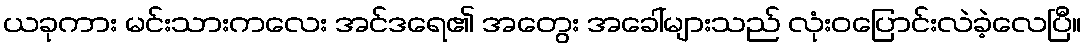
ယခုကား မင်းသားကလေး အင်ဒရေ၏ အတွေး အခေါ်များသည် လုံးဝပြောင်းလဲခဲ့လေပြီ။